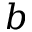
b